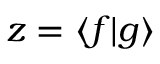
z = \langle f | g \rangle